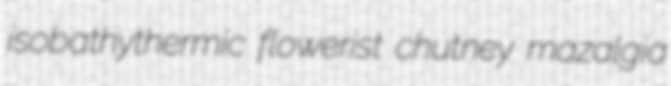
isobathythermic flowerist chutney mazalgia